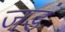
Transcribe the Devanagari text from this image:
जडं